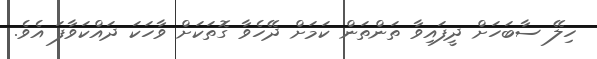
ހިލޭ ސާބަހަށް ދީފައިވާ ތަންތަން ކަމަށް ދޭހެވާ ގޮތަކަށް ވާހަކަ ދައްކަވާފަ އެވެ.